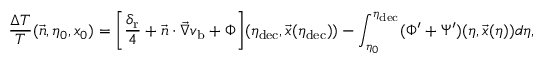
\frac { \Delta T } { T } ( \vec { n } , \eta _ { 0 } , x _ { 0 } ) = \biggl [ \frac { \delta _ { \mathrm { r } } } { 4 } + \vec { n } \cdot \vec { \nabla } v _ { \mathrm { b } } + \Phi \biggr ] ( \eta _ { \mathrm { d e c } } , \vec { x } ( \eta _ { \mathrm { d e c } } ) ) - \int _ { \eta _ { 0 } } ^ { \eta _ { \mathrm { d e c } } } ( \Phi ^ { \prime } + \Psi ^ { \prime } ) ( \eta , \vec { x } ( \eta ) ) d \eta ,